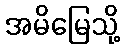
အမိမြေသို့